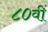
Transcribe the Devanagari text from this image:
८०वीं